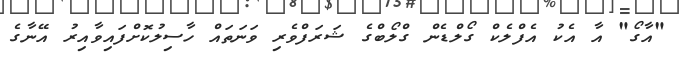
"އާގޯ" އާ އެކު އެފްލެކް ގޯލްޑެން ގްލޯބްގެ ޝަރަފްވެރި ވަނަތައް ހާސިލުކޮށްފައިވާއިރު އޭނާގެ